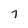
Character: 7